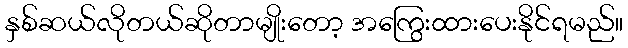
နှစ်ဆယ်လိုတယ်ဆိုတာမျိုးတော့ အကြွေးထားပေးနိုင်ရမည်။